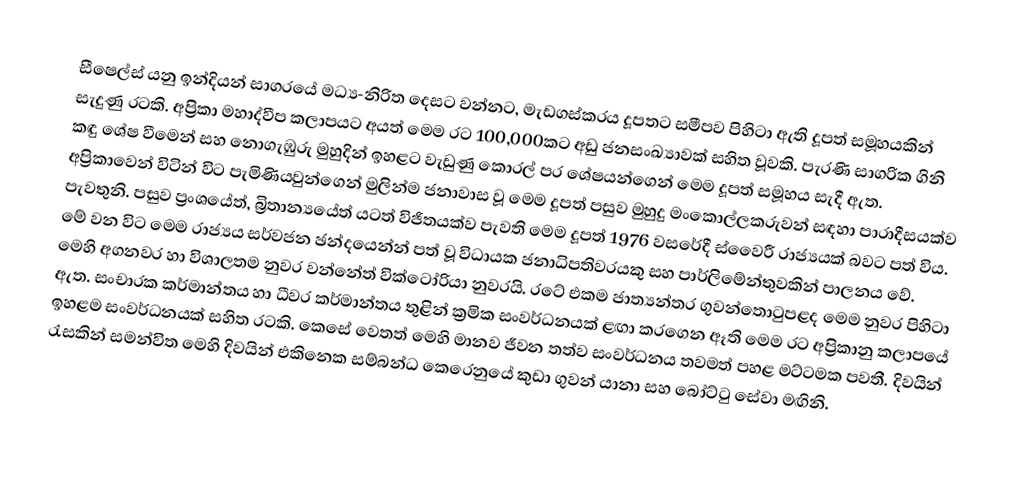
සීෂෙල්ස් යනු ඉන්දියන් සාගරයේ මධ්‍ය-නිරිත දෙසට වන්නට, මැඩගස්කරය දූපතට සමීපව පිහිටා ඇති දූපත් සමූහයකින් සැදුණු රටකි. අප්‍රිකා මහාද්වීප කලාපයට අයත් මෙම රට 100,000කට අඩු ජනසංඛ්‍යාවක් සහිත වූවකි. පැරණි සාගරික ගිනි කඳු ශේෂ වීමෙන් සහ නොගැඹුරු මුහුදින් ඉහළට වැඩුණු කොරල් පර ශේෂයන්ගෙන් මෙම දූපත් සමූහය සැදී ඇත. අප්‍රිකාවෙන් විටින් විට පැමිණියවුන්ගෙන් මුලින්ම ජනාවාස වූ මෙම දූපත් පසුව මුහුදු මංකොල්ලකරුවන් සඳහා පාරාදීසයක්ව පැවතුනි. පසුව ප්‍රංශයේත්, බ්‍රිතාන්‍යයේත් යටත් විජිතයක්ව පැවති මෙම දූපත් 1976 වසරේදී ස්වෛරී රාජ්‍යයක් බවට පත් විය. මේ වන විට මෙම රාජ්‍යය සර්වජන ඡන්දයෙන්න් පත් වූ විධායක ජනාධිපතිවරයකු සහ පාර්ලිමේන්තුවකින් පාලනය වේ. මෙහි අගනවර හා විශාලතම නුවර වන්නේත් වික්ටෝරියා නුවරයි. රටේ එකම ජාත්‍යන්තර ගුවන්තොටුපළද මෙම නුවර පිහිටා ඇත. සංචාරක කර්මාන්තය හා ධීවර කර්මාන්තය තුළින් ක්‍රමික සංවර්ධනයක් ළඟා කරගෙන ඈති මෙම රට අප්‍රිකානු කලාපයේ ඉහළම සංවර්ධනයක් සහිත රටකි. කෙසේ වෙතත් මෙහි මානව ජීවන තත්ව සංවර්ධනය තවමත් පහළ මට්ටමක පවතී. දිවයින් රැසකින් සමන්විත මෙහි දිවයින් එකිනෙක සම්බන්ධ කෙරෙනුයේ කුඩා ගුවන් යානා සහ බෝට්ටු සේවා මඟිනි.